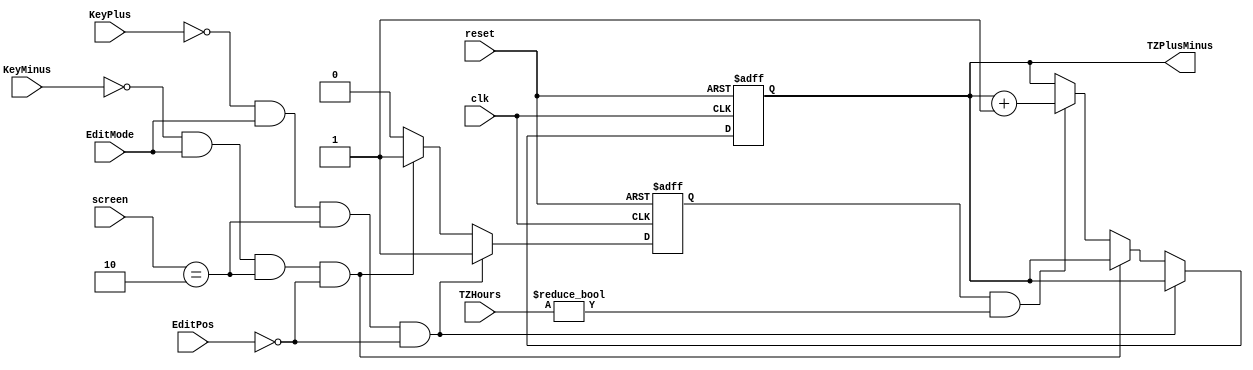
/** Time Zone Plus Minus Manager
 * 
 * Input: clk, KeyPlus, KeyMinus,
 *        reset, EditPos, EditMode, screen, TZHours
 * Output: TZPlusMinus
 * 
 * Dependence: none
 * 
 * Function: Manage plus or minus of time zone
 * 
 * Description Input, Output:
 * 
 * - TZPlusMinus: perform plus or minus of time zone, is plus when high
 * - clk: the main clock for flip-flop
 * - KeyPlus, KeyMinus: plus, minus 1 unit of current position when in Edit Mode
 * - reset: to reset the project
 * - EditPos: the current position of hex. This is opposite with hex which is 0 in the leftmost while it is 7
 * - EditMode: perform Edit Mode which is high or low
 * - screen: perform the current screen
 * - TZHours: perform hours of time zone
 */
module TimeZonePlusMinus(TZPlusMinus, clk, KeyPlus, KeyMinus, reset, EditPos, EditMode, screen, TZHours);
	output reg TZPlusMinus;
	input [2:0] EditPos;
	input EditMode, clk, KeyPlus, KeyMinus, reset;
	input [6:0] TZHours;
	input [1:0] screen;
	
	reg mode;
	
	always @(posedge clk, negedge reset) begin
		if(~reset) begin
			TZPlusMinus <= 1;
			mode <= 0;
		end
		else if(~KeyPlus && EditMode == 1 && screen == 2 && EditPos == 0) begin
			mode <= 1;
		end
		else if(~KeyMinus && EditMode == 1 && screen == 2 && EditPos == 0) begin
			mode <= 1;
		end
		else begin
			mode <= 0;
			TZPlusMinus <= (mode == 1 && TZHours != 0)? TZPlusMinus + 1'b1:
								TZPlusMinus;
		end
		
	end
	
endmodule